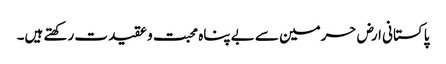
پاکستانی ارض حرمین سے بے پناہ محبت و عقیدت رکھتے ہیں۔